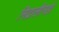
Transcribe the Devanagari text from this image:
निद्रालीनहो